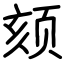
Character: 颏